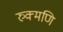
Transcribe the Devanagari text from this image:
रुक्मणि